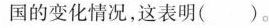
国的变化情况，这表明( )。